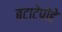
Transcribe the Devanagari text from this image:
बटाटेपोहे